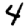
Digit: 4